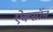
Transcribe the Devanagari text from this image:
ऐक्सॉन